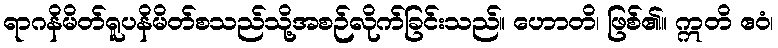
ရာဂနိမိတ်ရူပနိမိတ်စသည်သို့အစဉ်လိုက်ခြင်းသည်။ ဟောတိ၊ ဖြစ်၏။ ဣတိ ဧဝံ၊